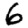
Digit: 6